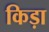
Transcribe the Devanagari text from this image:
किड़ा